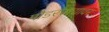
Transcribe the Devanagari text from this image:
पौडरस्त्यावर